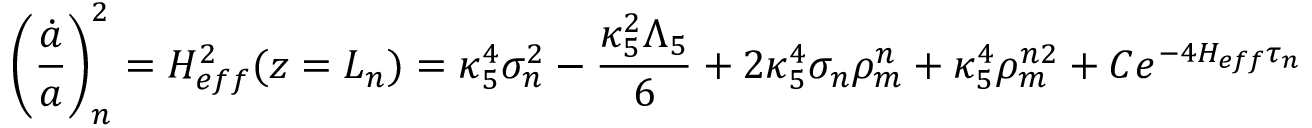
\left( \frac { \dot { a } } { a } \right) _ { n } ^ { 2 } = H _ { e f f } ^ { 2 } ( z = L _ { n } ) = \kappa _ { 5 } ^ { 4 } \sigma _ { n } ^ { 2 } - \frac { \kappa _ { 5 } ^ { 2 } \Lambda _ { 5 } } { 6 } + 2 \kappa _ { 5 } ^ { 4 } \sigma _ { n } \rho _ { m } ^ { n } + \kappa _ { 5 } ^ { 4 } \rho _ { m } ^ { n 2 } + C e ^ { - 4 H _ { e f f } \tau _ { n } }